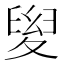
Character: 𡕯